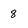
Character: 8